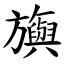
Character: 旟